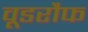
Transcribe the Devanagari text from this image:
वूडरौफ